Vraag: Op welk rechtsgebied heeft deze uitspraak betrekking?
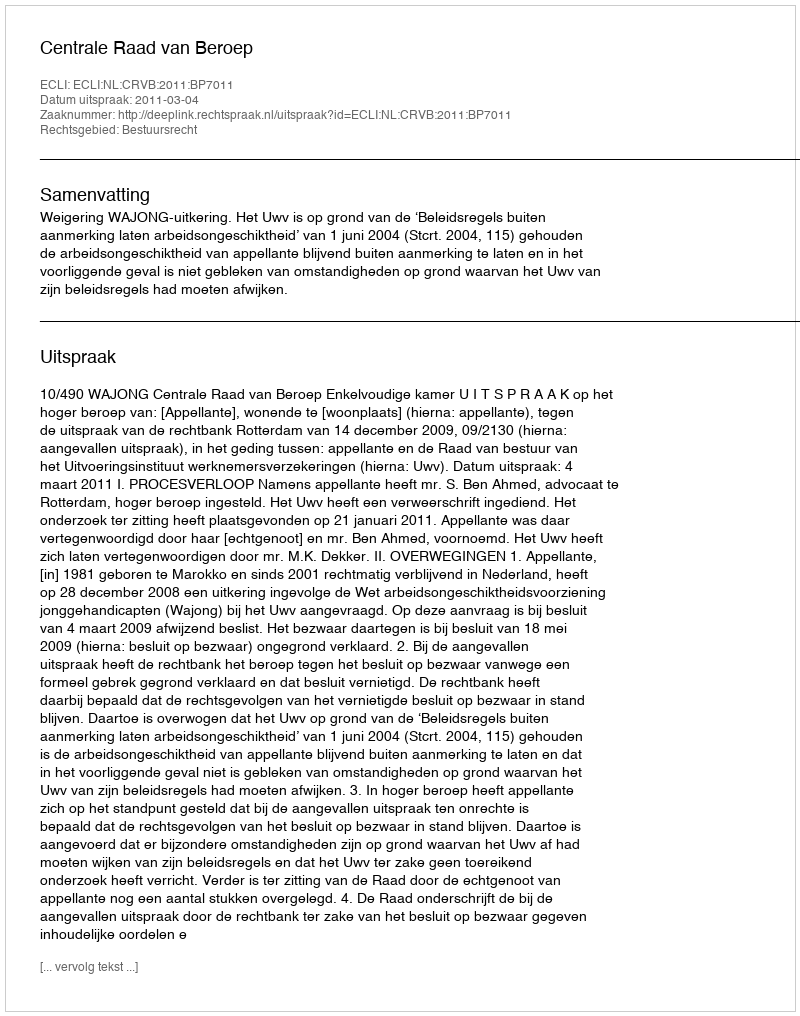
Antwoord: Bestuursrecht